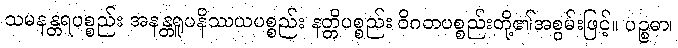
သမနန္တရပစ္စည်း အနန္တရူပနိဿယပစ္စည်း နတ္တိပစ္စည်း ဝိဂတပစ္စည်းတို့၏အစွမ်းဖြင့်။ ပဉ္စဓာ၊